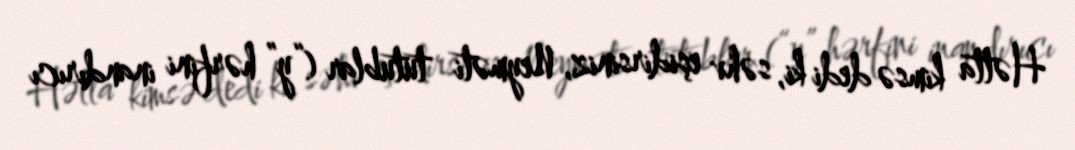
Hətta kimsə dedi ki, səhv eşidirsiniz, Neyməti tutublar (“y” hərfini inandırıcı